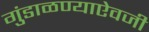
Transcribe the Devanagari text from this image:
गुंडाळण्याऐवजी